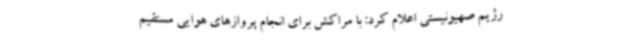
رژیم صهیونیستی اعلام کرد: با مراکش برای انجام پروازهای هوایی مستقیم